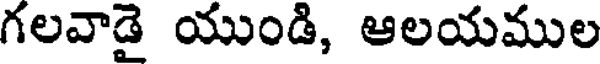
గలవాడై యుండి, ఆలయముల